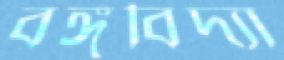
বঙ্গবিদ্যা